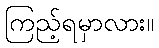
ကြည့်ရမှာလား။